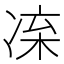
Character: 𠗛